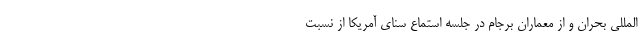
المللی بحران و از معماران برجام در جلسه استماع سنای آمریکا از نسبت